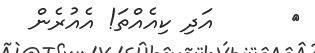
٩      އަދި ކިއެއްތަ! އެއުރެން